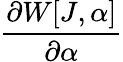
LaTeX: \frac{\partial W[J,\alpha]}{\partial\alpha}